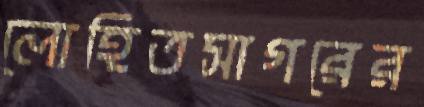
লোহিতসাগরের